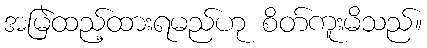
အမြဲထည့်ထားရမည်ဟု စိတ်ကူးမိသည်။